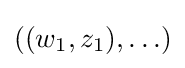
((w_{1},z_{1}),\ldots )